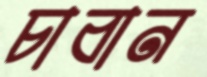
চাবান